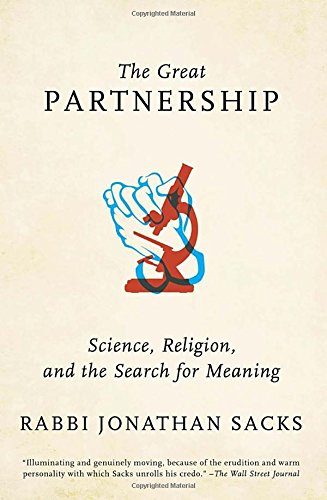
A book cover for The Great Partnership: Science, Religion, and the Search for Meaning; Jonathan Sacks; Christian Books & Bibles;